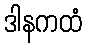
ဒါနကထံ